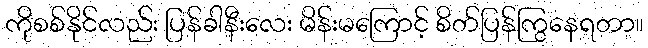
ကိုစစ်နိုင်လည်း ပြန်ခါနီးလေး မိန်းမကြောင့် စိတ်ပြန်ကြွနေရတာ။